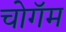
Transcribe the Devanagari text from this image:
चोगॅम